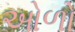
ઓળો